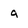
Character: g